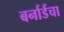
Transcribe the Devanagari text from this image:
बर्नार्डचा